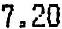
7.20